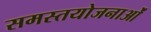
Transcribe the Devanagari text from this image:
समस्तयोजनाओं